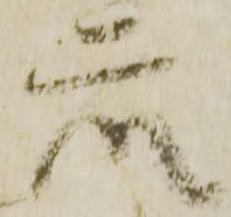
衆